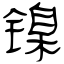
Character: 镍